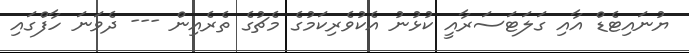
ޔުނައިޓެޑް އާއި ގަލަޓަސަރާއީ ކުޅުނު އެކުވެރިކަމުގެ މެޗުގެ ތެރެއިން --- ދެވަނަ ހާފްގައި